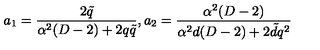
a _ { 1 } = \frac { 2 \tilde { q } } { \alpha ^ { 2 } ( D - 2 ) + 2 q \tilde { q } } , a _ { 2 } = \frac { \alpha ^ { 2 } ( D - 2 ) } { \alpha ^ { 2 } d ( D - 2 ) + 2 \tilde { d } q ^ { 2 } }